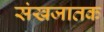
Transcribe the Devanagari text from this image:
संखजातक